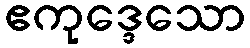
ဧကုဒ္ဒေသော